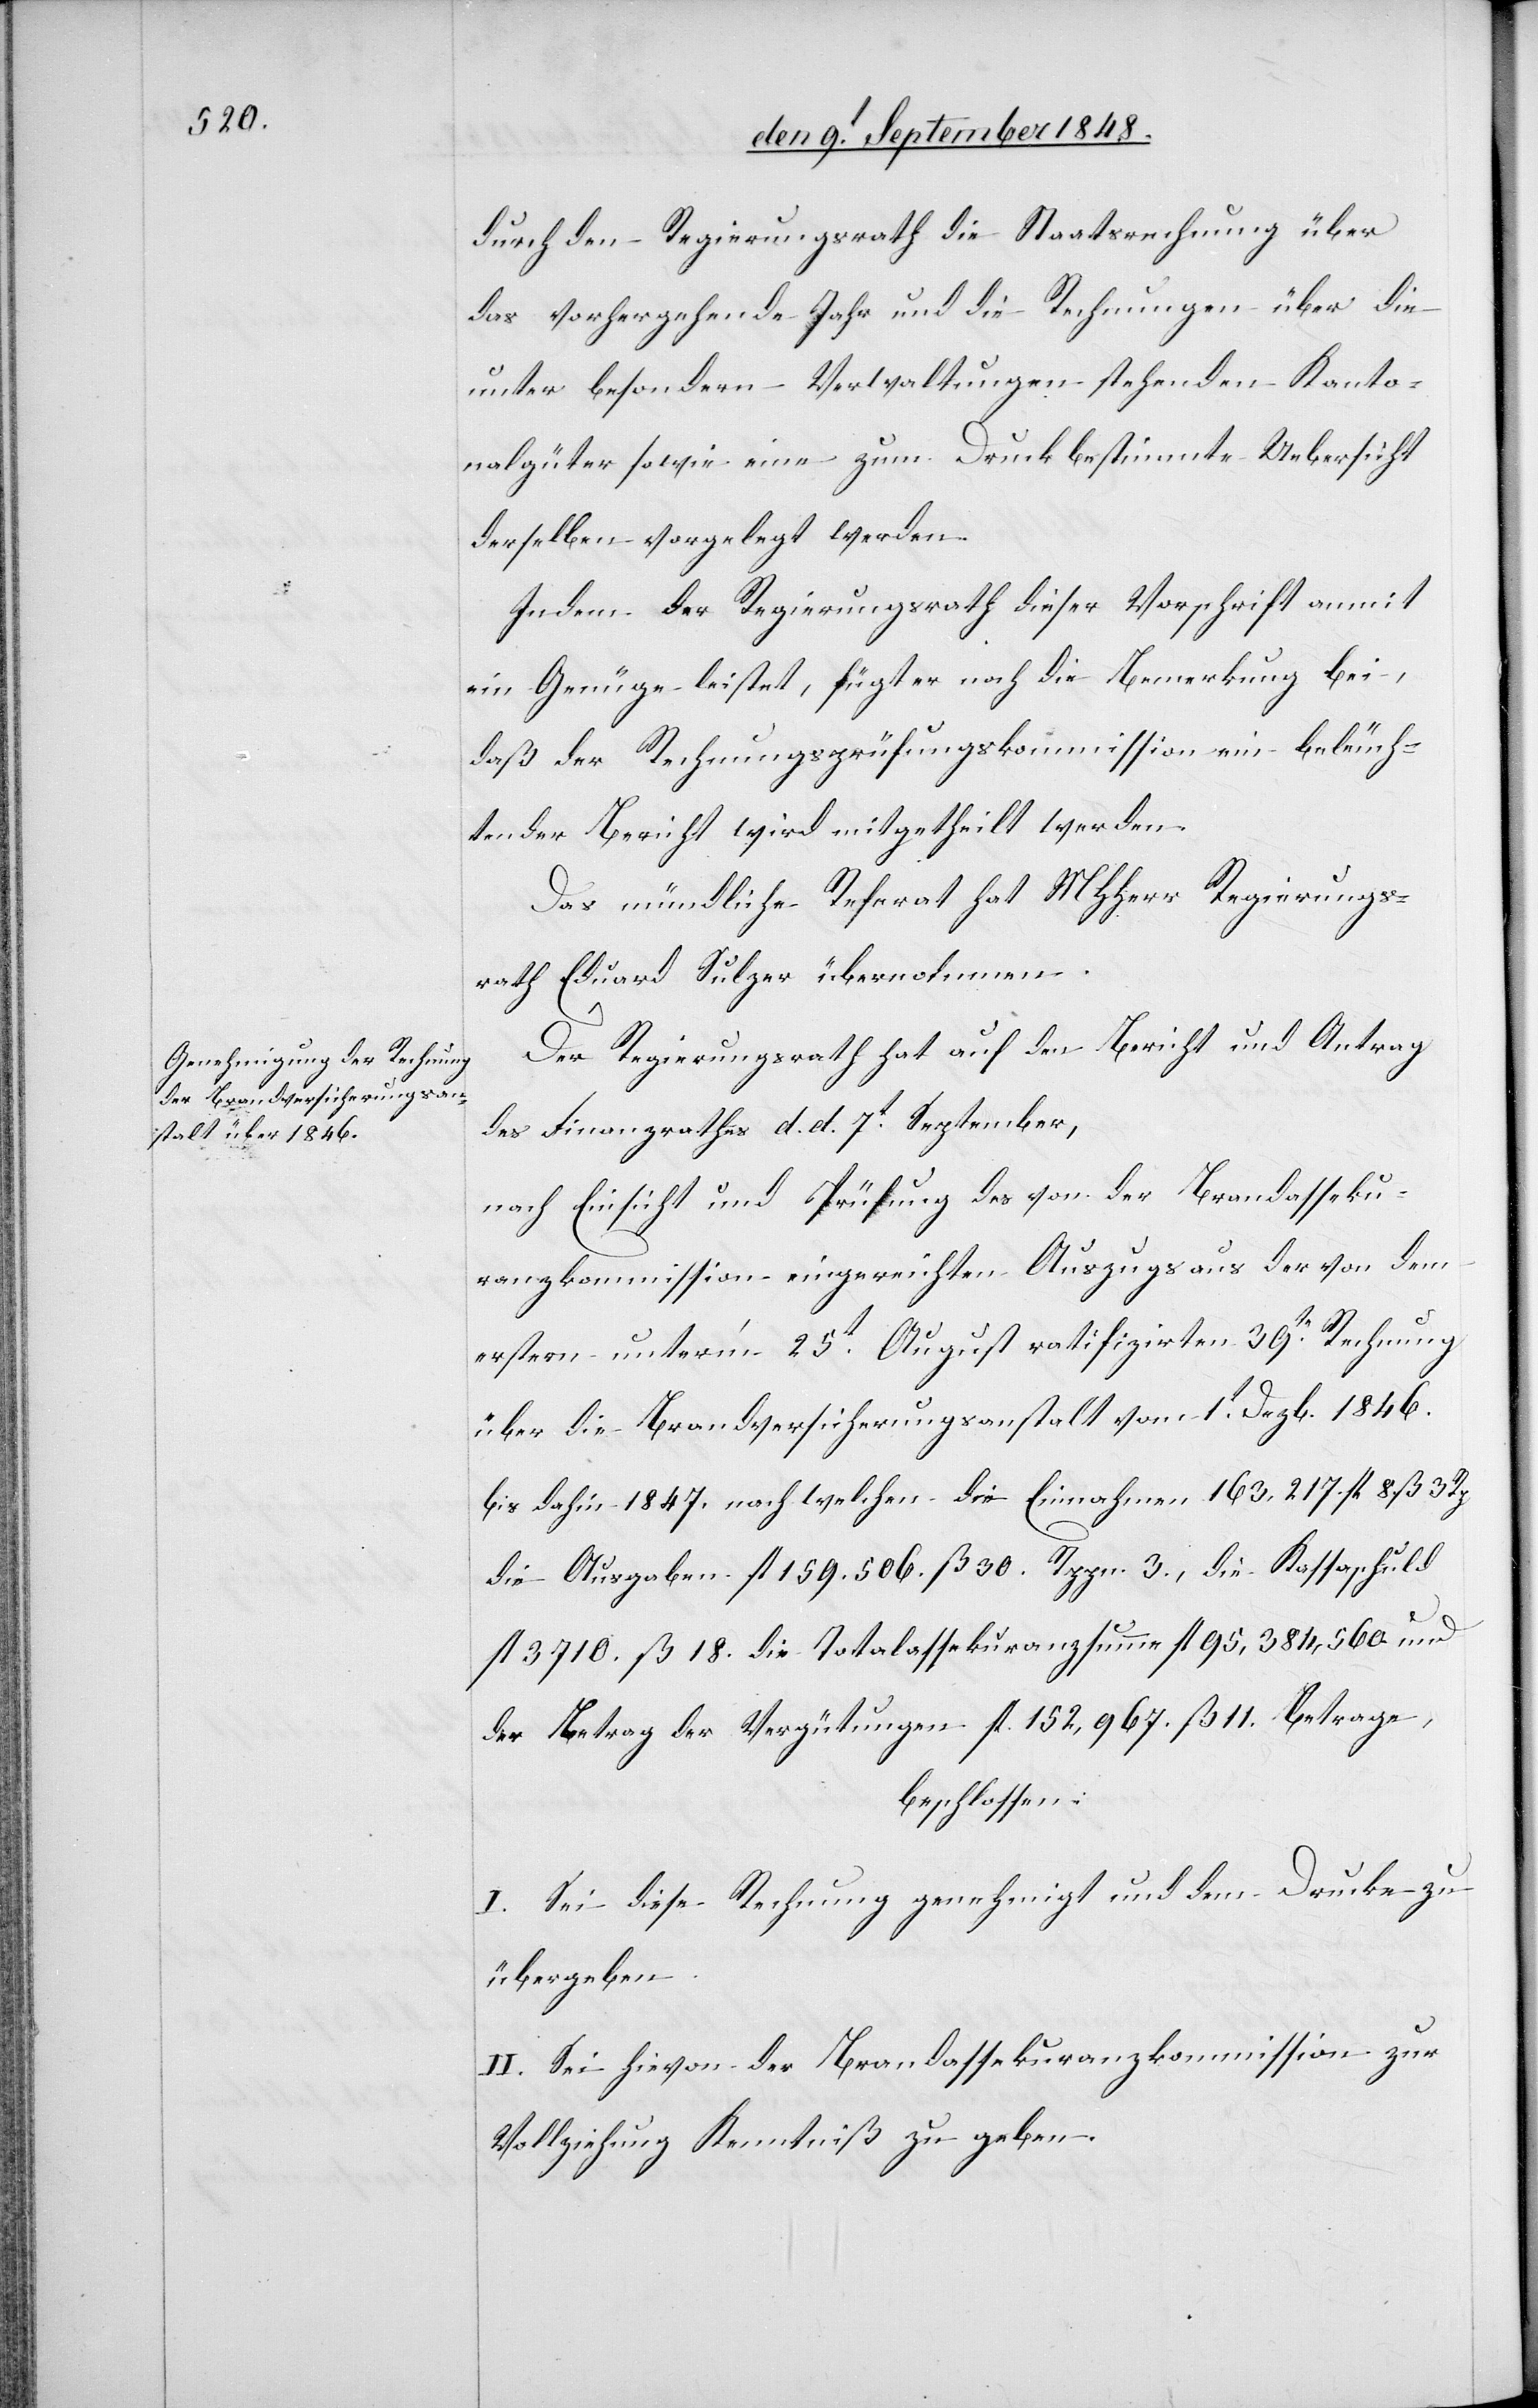
durch den Regierungsrath die Staatsrechnung über
das vorhergehende Jahr und die Rechnungen über die
unter besondern Verwaltungen stehenden Kanto¬
nalgüter sowie eine zum Druck bestimmte Uebersicht
derselben vorgelegt werden.
Indem der Regierungsrath dieser Vorschrift anmit
ein Genüge leistet, fügt er noch die Bemerkung bei,
daß der Regierungsprüfungskommission ein beleuch¬
tender Bericht wird mitgetheilt werden.
Das mündliche Referat hat MHHerr Regierungs¬
rath Eduard Sulzer übernohmen.
Der Regierungsrath hat auf den Bericht und Antrag
des Finanzrathes d. d. 7t September,
nach Einsicht und Prüfung des von der Brandasseku¬
ranzkommission eingereichten Auszugs aus der von dem
erstern unter’m 25t August ratifizirten 39te Rechnung
über die Brandversicherungsanstalt vom 1t Dezb. 1846.
bis dahin 1847. nach welchen die Einnahmen 163,217 fl. 8. ß. 3. Rp.
die Ausgaben fl. 159,506. ß. 30. Rppn. 3., die Kassaschuld
fl. 3710. ß. 18. die Totalassekuranzsumme fl. 95,384,560. und
der Betrag der Vergütungen fl. 152,967. ß. 11. betrage,
beschlossen:
I. Sei diese Rechnung genehmigt und dem Drucke zu
übergeben.
II. Sei hievon der Brandassekuranzkommission zur
Vollziehung Kenntniß zu geben.